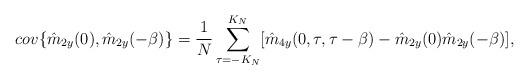
LaTeX: \begin{align*}cov\{\hat{m}_{2y}(0),\hat{m}_{2y}(-\beta)\} = \frac{1}{N}\sum_{\tau = -K_N}^{K_N}[\hat{m}_{4y}(0,\tau,\tau-\beta) - \hat{m}_{2y}(0)\hat{m}_{2y}(-\beta)],\end{align*}